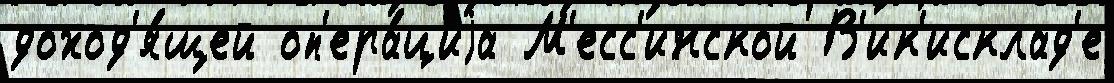
доход'я́щей оп'ера́циjа М'есс'инской В'ик'исклад'е